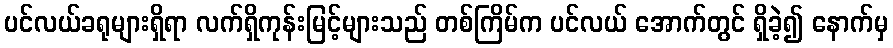
ပင်လယ်ခရုများရှိရာ လက်ရှိကုန်းမြင့်များသည် တစ်ကြိမ်က ပင်လယ် အောက်တွင် ရှိခဲ့၍ နောက်မှ